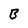
Character: B